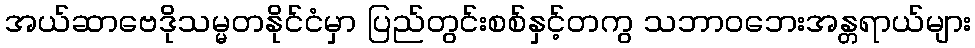
အယ်ဆာဗေဒိုသမ္မတနိုင်ငံမှာ ပြည်တွင်းစစ်နှင့်တကွ သဘာဝဘေးအန္တရာယ်များ